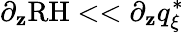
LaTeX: \partial_{\mathbf{z}}\textrm{{RH}}<<\partial_{\mathbf{z}}q_{\xi}^{*}